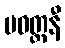
ပဝတ္တနီ